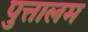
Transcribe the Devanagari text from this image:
पुत्तालम